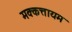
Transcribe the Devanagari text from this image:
मक्कत्तायम